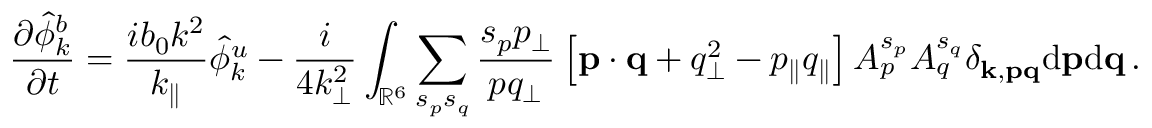
{ \frac { \partial \hat { \phi } _ { k } ^ { b } } { \partial t } } = \frac { i b _ { 0 } k ^ { 2 } } { k _ { \parallel } } \hat { \phi } _ { k } ^ { u } - \frac { i } { 4 k _ { \perp } ^ { 2 } } \int _ { \mathbb { R } ^ { 6 } } \sum _ { s _ { p } s _ { q } } \frac { s _ { p } p _ { \perp } } { p q _ { \perp } } \left[ { \bf p } \cdot { \bf q } + q _ { \perp } ^ { 2 } - p _ { \parallel } q _ { \parallel } \right] A _ { p } ^ { s _ { p } } A _ { q } ^ { s _ { q } } \delta _ { { \bf k } , { \bf p } { \bf q } } \mathrm { d } { \bf p } \mathrm { d } { \bf q } \, .